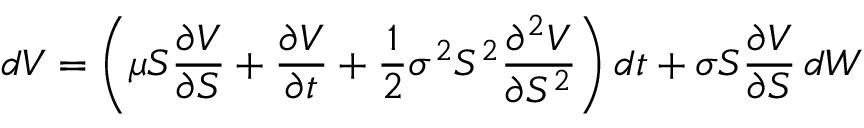
d V = \left( \mu S { \frac { \partial V } { \partial S } } + { \frac { \partial V } { \partial t } } + { \frac { 1 } { 2 } } \sigma ^ { 2 } S ^ { 2 } { \frac { \partial ^ { 2 } V } { \partial S ^ { 2 } } } \right) d t + \sigma S { \frac { \partial V } { \partial S } } \, d W